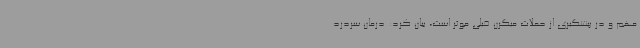
مهم و در پیشگیری از حملات میگرن خیلی موثر است، بیان کرد: درمان سردرد